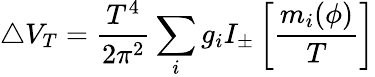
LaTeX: \triangle V_{T}=\frac{T^{4}}{2\pi^{2}}\sum_{i}g_{i}I_{\pm}\left[\frac{m_{i}(\phi)}{T}\right]